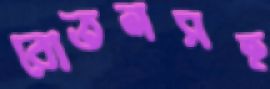
বোতলসহ